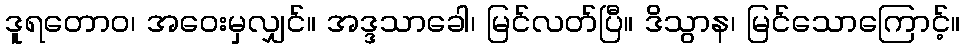
ဒူရတောဝ၊ အဝေးမှလျှင်။ အဒ္ဒသာခေါ၊ မြင်လတ်ပြီ။ ဒိသွာန၊ မြင်သောကြောင့်။